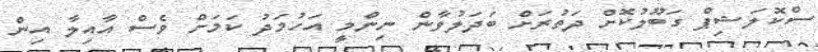
ސްކޮލަޝިޕް ގަބޫލުކޮށް ދަތުރަށް ބަދަލުވާން ނިންމީ އަހުމަދު ކަމަށް ވެސް އާއިލާ އިން